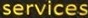
services